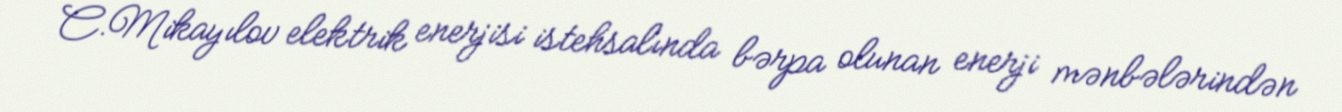
C.Mikayılov elektrik enerjisi istehsalında bərpa olunan enerji mənbələrindən